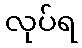
လုပ်ရ